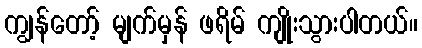
ကျွန်တော့် မျက်မှန် ဖရိမ် ကျိုးသွားပါတယ်။